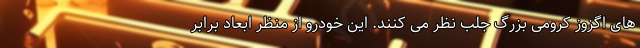
های اگزوز کرومی بزرگ جلب نظر می کنند. این خودرو از منظر ابعاد برابر